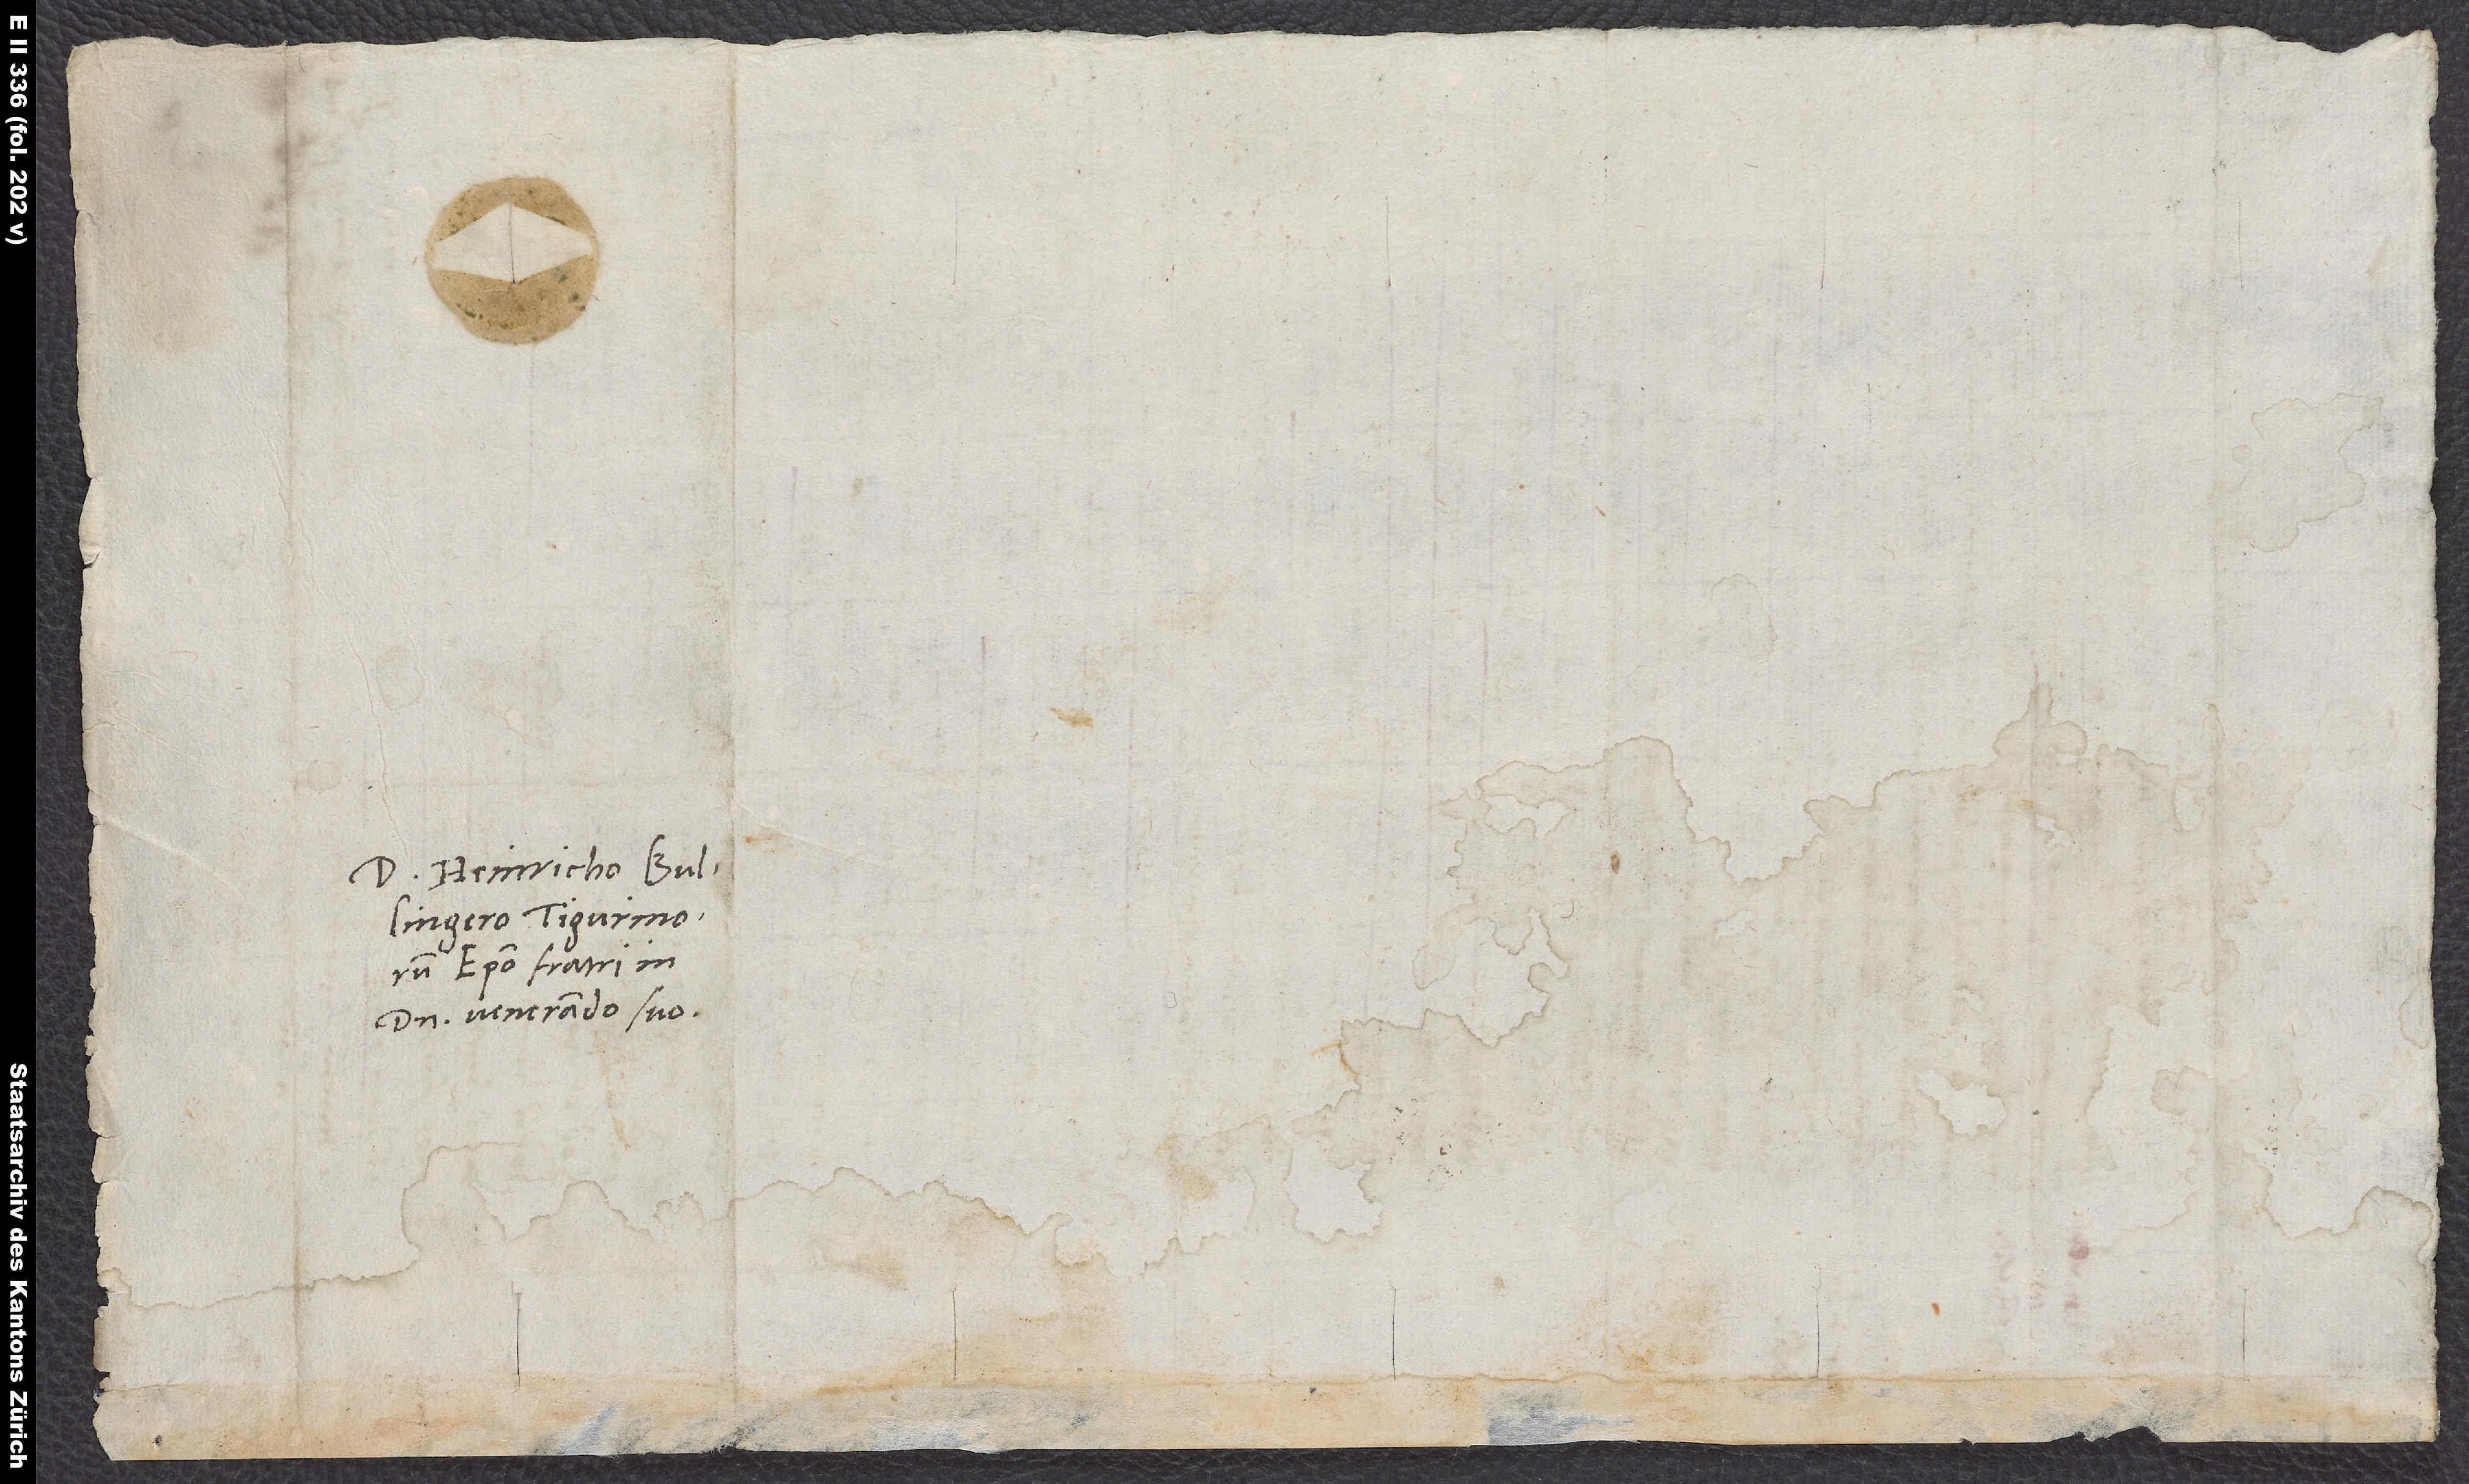
S.

Domino Heinricho Bullingero,
episcopo, fratri in
domino venerando suo.